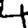
Digit: 4